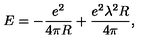
E = - \frac { e ^ { 2 } } { 4 \pi R } + \frac { e ^ { 2 } \lambda ^ { 2 } R } { 4 \pi } ,